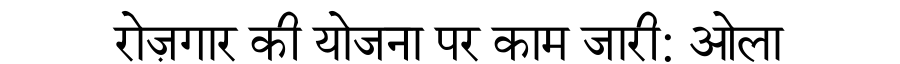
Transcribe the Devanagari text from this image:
रोज़गार की योजना पर काम जारी: ओला